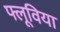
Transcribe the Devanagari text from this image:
फ्लूविया